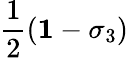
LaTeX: \frac{1}{2}\left({\mathbf 1}-\sigma_{3}\right)